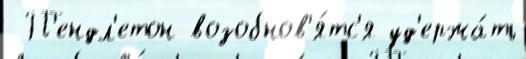
 П'ендл'етон возобнов'я́тс'я уд'ержа́ть